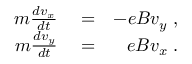
\begin{array} { r l r } { m \frac { d v _ { x } } { d t } } & { { } = } & { - e B v _ { y } \; , } \\ { m \frac { d v _ { y } } { d t } } & { { } = } & { e B v _ { x } \; . } \end{array}